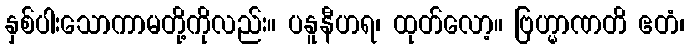
နှစ်ပါးသောကာမတို့ကိုလည်း။ ပနူနီဟရ၊ ထုတ်လော့။ ဗြဟ္မာဏတိ ဧတံ၊